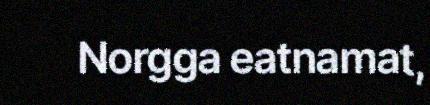
Norgga eatnamat,